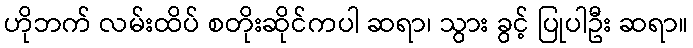
ဟိုဘက် လမ်းထိပ် စတိုးဆိုင်ကပါ ဆရာ၊ သွား ခွင့် ပြုပါဦး ဆရာ။